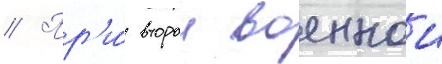
// Пр'и́ второи военнои